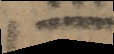
A non